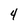
Character: 4